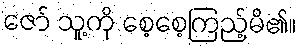
ဇော် သူ့ကို စေ့စေ့ကြည့်မိ၏။